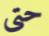
حتى